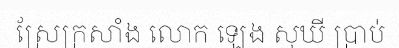
ស្រែក្រសាំង លោក ឡេង សុឃី ប្រាប់